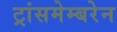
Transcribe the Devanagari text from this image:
ट्रांसमेम्बरेन